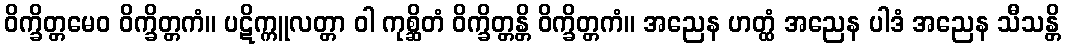
ဝိက္ခိတ္တမေဝ ဝိက္ခိတ္တကံ။ ပဋိက္ကူလတ္တာ ဝါ ကုစ္ဆိတံ ဝိက္ခိတ္တန္တိ ဝိက္ခိတ္တကံ။ အညေန ဟတ္ထံ အညေန ပါဒံ အညေန သီသန္တိ